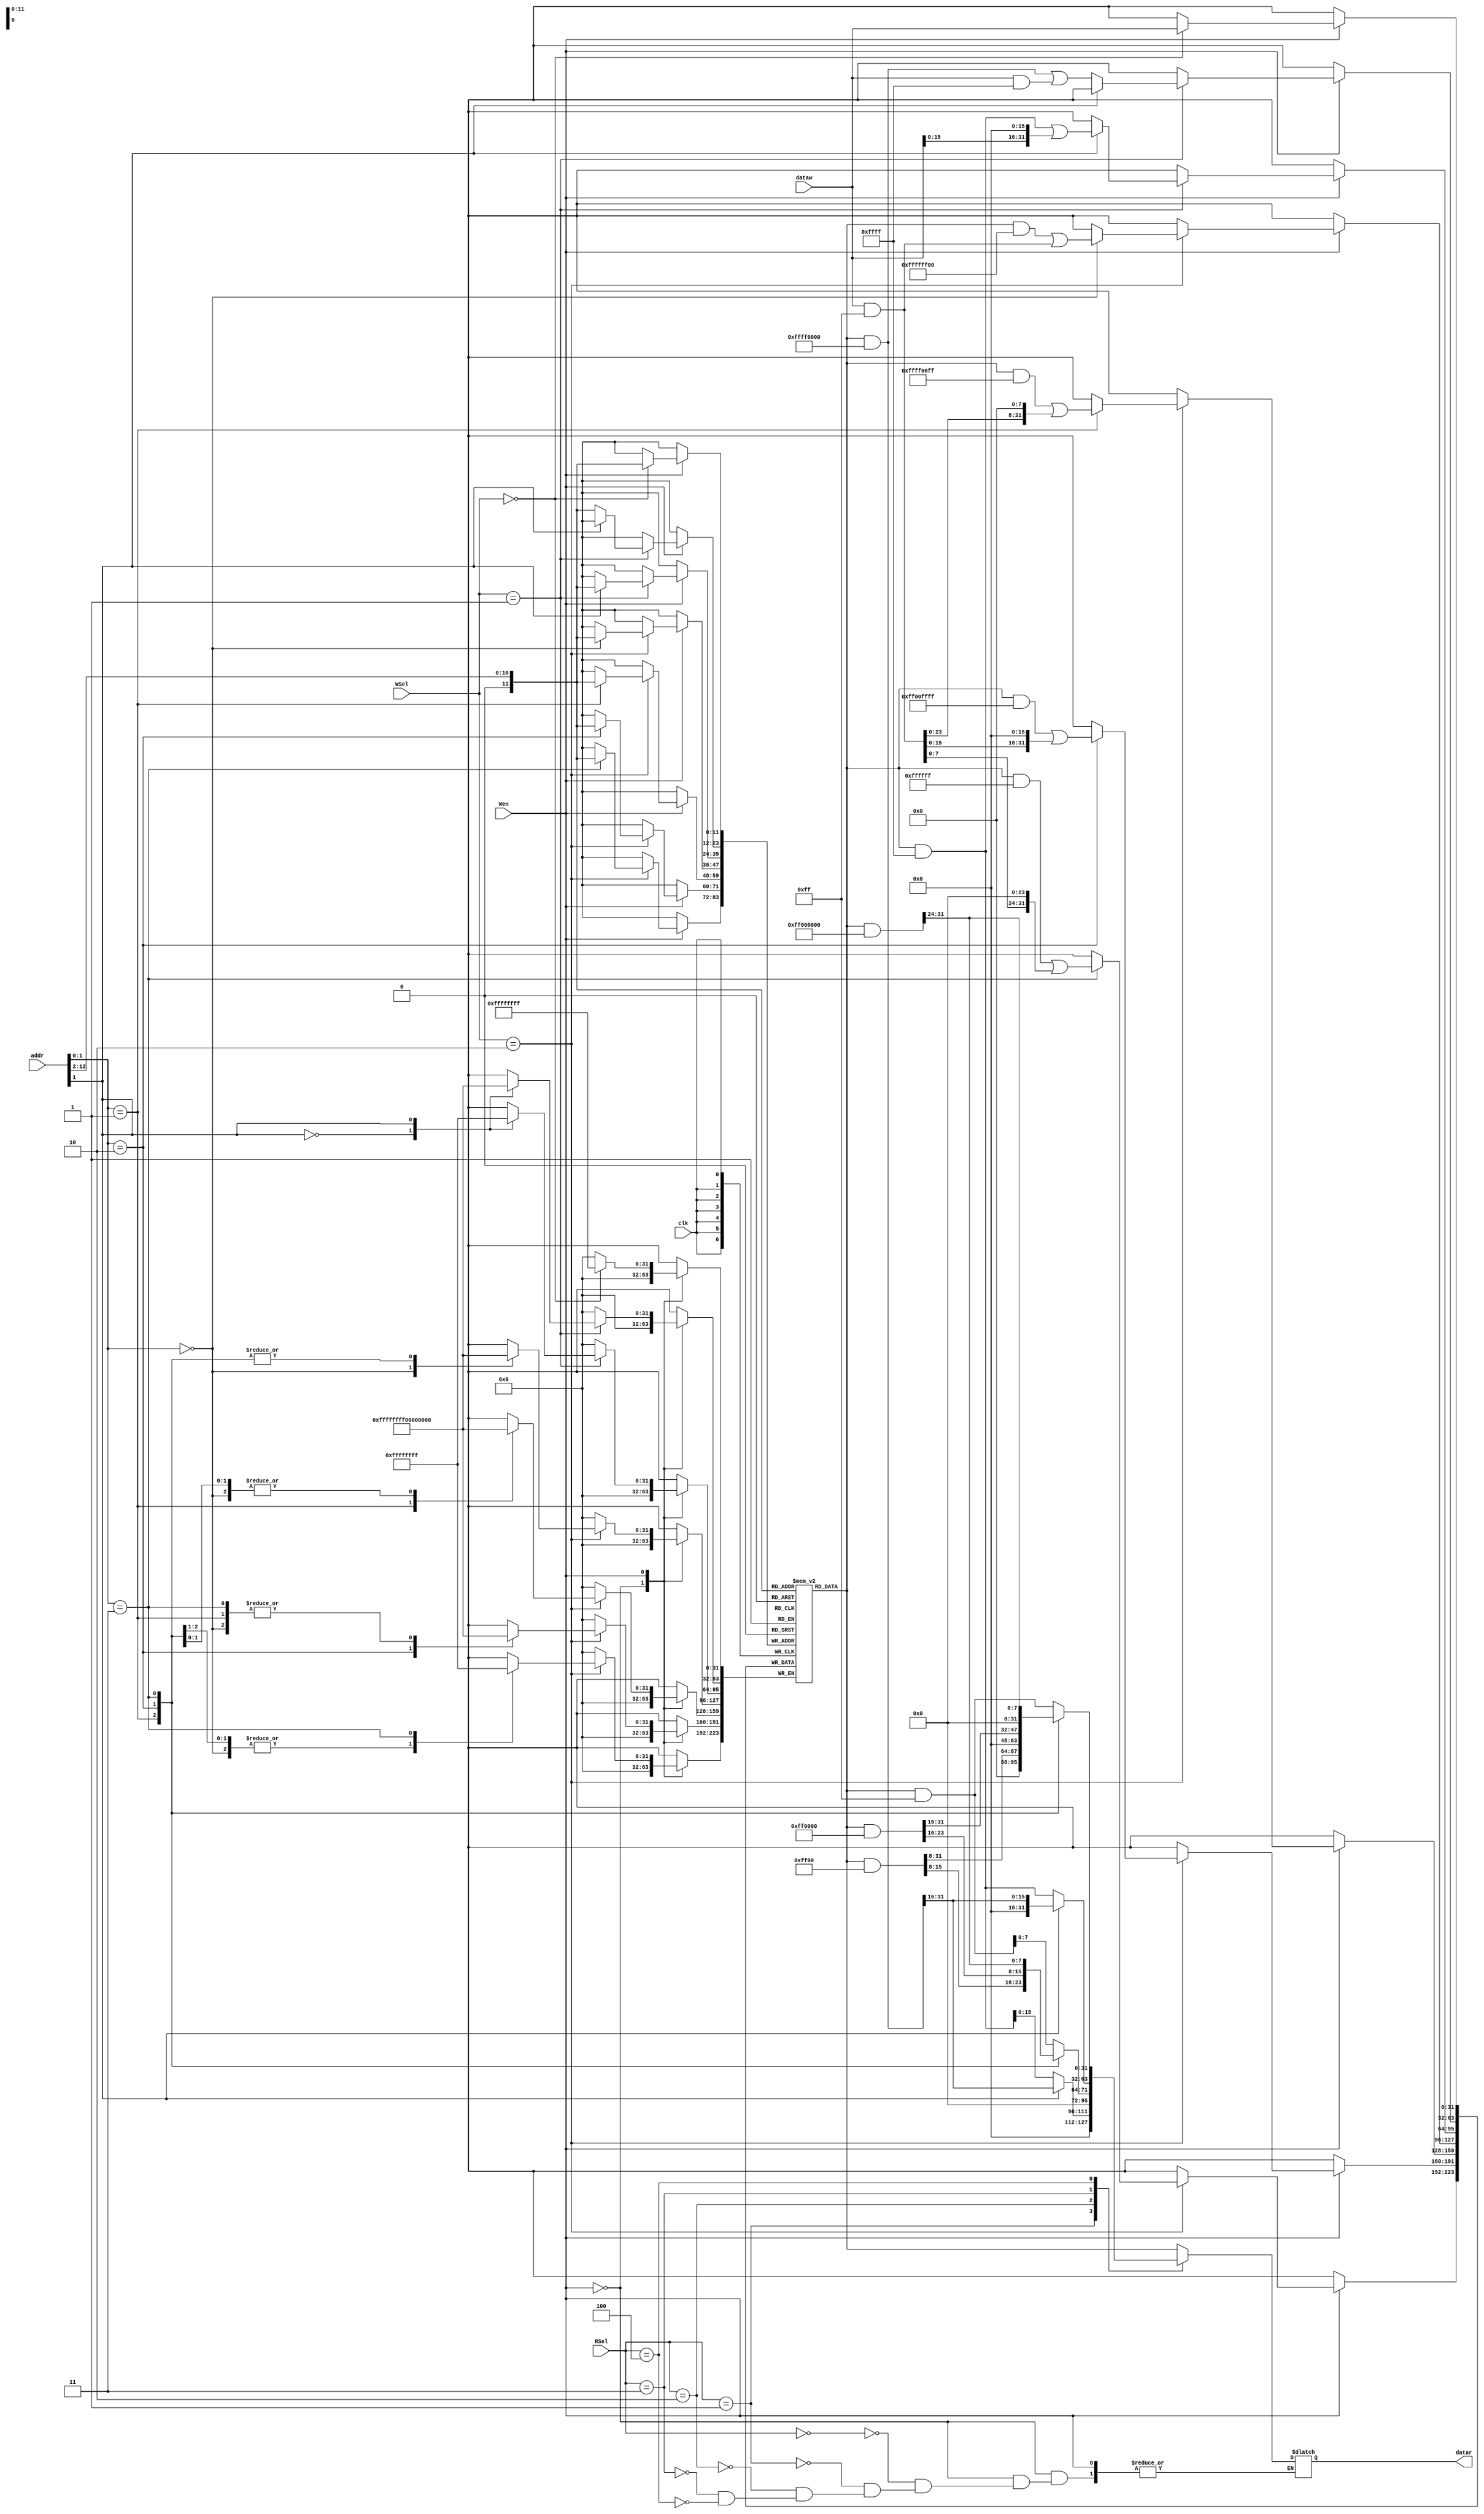
`timescale 1ns / 1ps
//////////////////////////////////////////////////////////////////////////////////
// Company: 
// Engineer: 
// 
// Design Name: 
// Module Name: dmem
// Project Name: 
// Target Devices: 
// Tool Versions: 
// Description: 
// 
// Dependencies: 
// 
// Revision:
// Revision 0.01 - File Created
// Additional Comments:
// 
//////////////////////////////////////////////////////////////////////////////////


module dmem(
    addr,
    dataw,
    datar,
    Wen,
    RSel,
    WSel,
    clk
    );
    
input [31:0] addr, dataw;
input [1:0] WSel;
input [2:0] RSel;

input Wen, clk;
output [31:0] datar;

reg [31:0] datar;
reg [31:0] MEM [1 << 11 : 0];
reg [31:0] Rword, Wword;
integer i;

initial begin
    datar <= 32'd0;
    for (i = 0; i < 1 << 11; i = i +1)
    MEM[i] = 32'd0;
end

always @(*)
begin
    case (Wen)
    1'b0: // Read
    begin
    case (RSel)
        3'd0: // Word 
            datar = MEM[addr[12:2]];
        3'd1: // Halfword
            case (addr[1])
            1'b0:
                datar = ((MEM[addr[12:2]] & 32'h0000ffff) << 16) >>> 16;
            1'b1:
                datar = (MEM[addr[12:2]] & 32'hffff0000 ) >>> 16 ;
            endcase
        3'd2: // Byte 
            case (addr[1:0])
            2'd0: datar = ((MEM[addr[12:2]] & 32'h000000ff ) << 24) >>> 24;
            2'd1: datar = ((MEM[addr[12:2]] & 32'h0000ff00 ) << 16) >>> 24;
            2'd2: datar = ((MEM[addr[12:2]] & 32'h00ff0000 ) << 8 ) >>> 24;
            2'd3: datar = ((MEM[addr[12:2]] & 32'hff000000 ) << 0 ) >>> 24;
            endcase
        3'd3: //Unsigned Halfword
                case (addr[1])
                1'b0:
                    datar = MEM[addr[12:2]] & 32'h0000ffff;
                1'b1:
                    datar = (MEM[addr[12:2]] & 32'hffff0000 ) >> 16 ;
                endcase
        3'd4: //Unsigned Byte 
            case (addr[1:0])
            2'd0: datar = (MEM[addr[12:2]] & 32'h000000ff );
            2'd1: datar = (MEM[addr[12:2]] & 32'h0000ff00 ) >> 8;
            2'd2: datar = (MEM[addr[12:2]] & 32'h00ff0000 ) >> 16;
            2'd3: datar = (MEM[addr[12:2]] & 32'hff000000 ) >> 24;
            endcase
        endcase
    end
    1'b1: // Write
    begin
    end
    endcase
end

always @(posedge clk)
begin
    case (Wen)
    1'b0: // Read
    begin
    end
    1'b1: // Write
    begin
        case (WSel)
        2'd0: // Word 
            MEM[addr[12:2]] <= dataw[31:0];
        2'd1: // Halfword
            case (addr[1])
            1'b0:
                MEM[addr[12:2]] <= (MEM[addr[12:2]] & 32'hffff0000 ) | (dataw[31:0] & 32'h0000ffff);
            1'b1:
                MEM[addr[12:2]] <= (MEM[addr[12:2]] & 32'h0000ffff ) | (dataw[31:0] << 16);
            endcase
        2'd2: // Byte 
            case (addr[1:0])
            2'd0: MEM[addr[12:2]] <= (MEM[addr[12:2]] & 32'hffffff00 ) | (dataw[31:0] & 32'h000000ff);
            2'd1: MEM[addr[12:2]] <= (MEM[addr[12:2]] & 32'hffff00ff ) | ((dataw[31:0] & 32'h000000ff) << 8) ;
            2'd2: MEM[addr[12:2]] <= (MEM[addr[12:2]] & 32'hff00ffff ) | ((dataw[31:0] & 32'h000000ff) << 16) ;
            2'd3: MEM[addr[12:2]] <= (MEM[addr[12:2]] & 32'h00ffffff ) | ((dataw[31:0] & 32'h000000ff) << 24) ;
            endcase
        endcase
    end
    endcase
end
endmodule